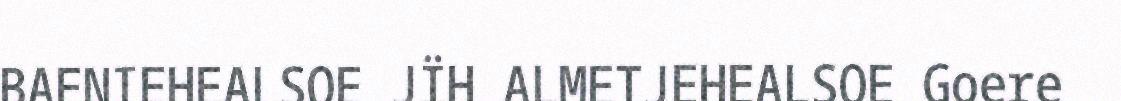
BAENIEHEALSOE JÏH ALMETJEHEALSOE Goere